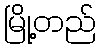
မြို့တည်